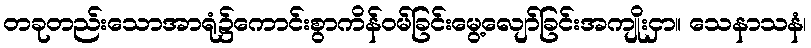
တခုတည်းသောအာရုံ၌ကောင်းစွာကိန်ဝမ်ခြင်းမွေ့လျော်ခြင်းအကျိုးငှာ။ သေနာသနံ၊